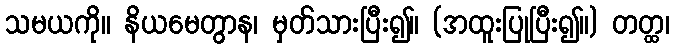
သမယကို။ နိယမေတွာန၊ မှတ်သားပြီး၍။ (အထူးပြုပြီး၍။) တတ္ထ၊